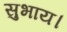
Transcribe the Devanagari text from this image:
सुभाय।